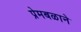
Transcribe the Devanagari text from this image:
प्रेमबळाने